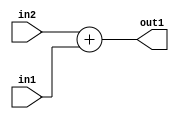
`timescale 1ps / 1ps
/*****************************************************************************
    Verilog RTL Description
    
    
    Created by: Stratus DpOpt 21.05.01 
*******************************************************************************/

module SobelFilter_Add_6Ux4U_6U_1 (
	in2,
	in1,
	out1
	); /* architecture "behavioural" */ 
input [5:0] in2;
input [3:0] in1;
output [5:0] out1;
wire [5:0] asc001;

assign asc001 = 
	+(in2)
	+(in1);

assign out1 = asc001;
endmodule

/* CADENCE  ubD1Swk= : u9/ySxbfrwZIxEzHVQQV8Q== ** DO NOT EDIT THIS LINE ******/